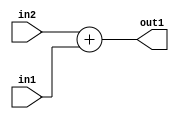
`timescale 1ps / 1ps
/*****************************************************************************
    Verilog RTL Description
    
    
    Created by: Stratus DpOpt 21.05.01 
*******************************************************************************/

module SobelFilter_Add_6Ux4U_6U_1 (
	in2,
	in1,
	out1
	); /* architecture "behavioural" */ 
input [5:0] in2;
input [3:0] in1;
output [5:0] out1;
wire [5:0] asc001;

assign asc001 = 
	+(in2)
	+(in1);

assign out1 = asc001;
endmodule

/* CADENCE  ubD1Swk= : u9/ySxbfrwZIxEzHVQQV8Q== ** DO NOT EDIT THIS LINE ******/